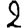
Digit: 2